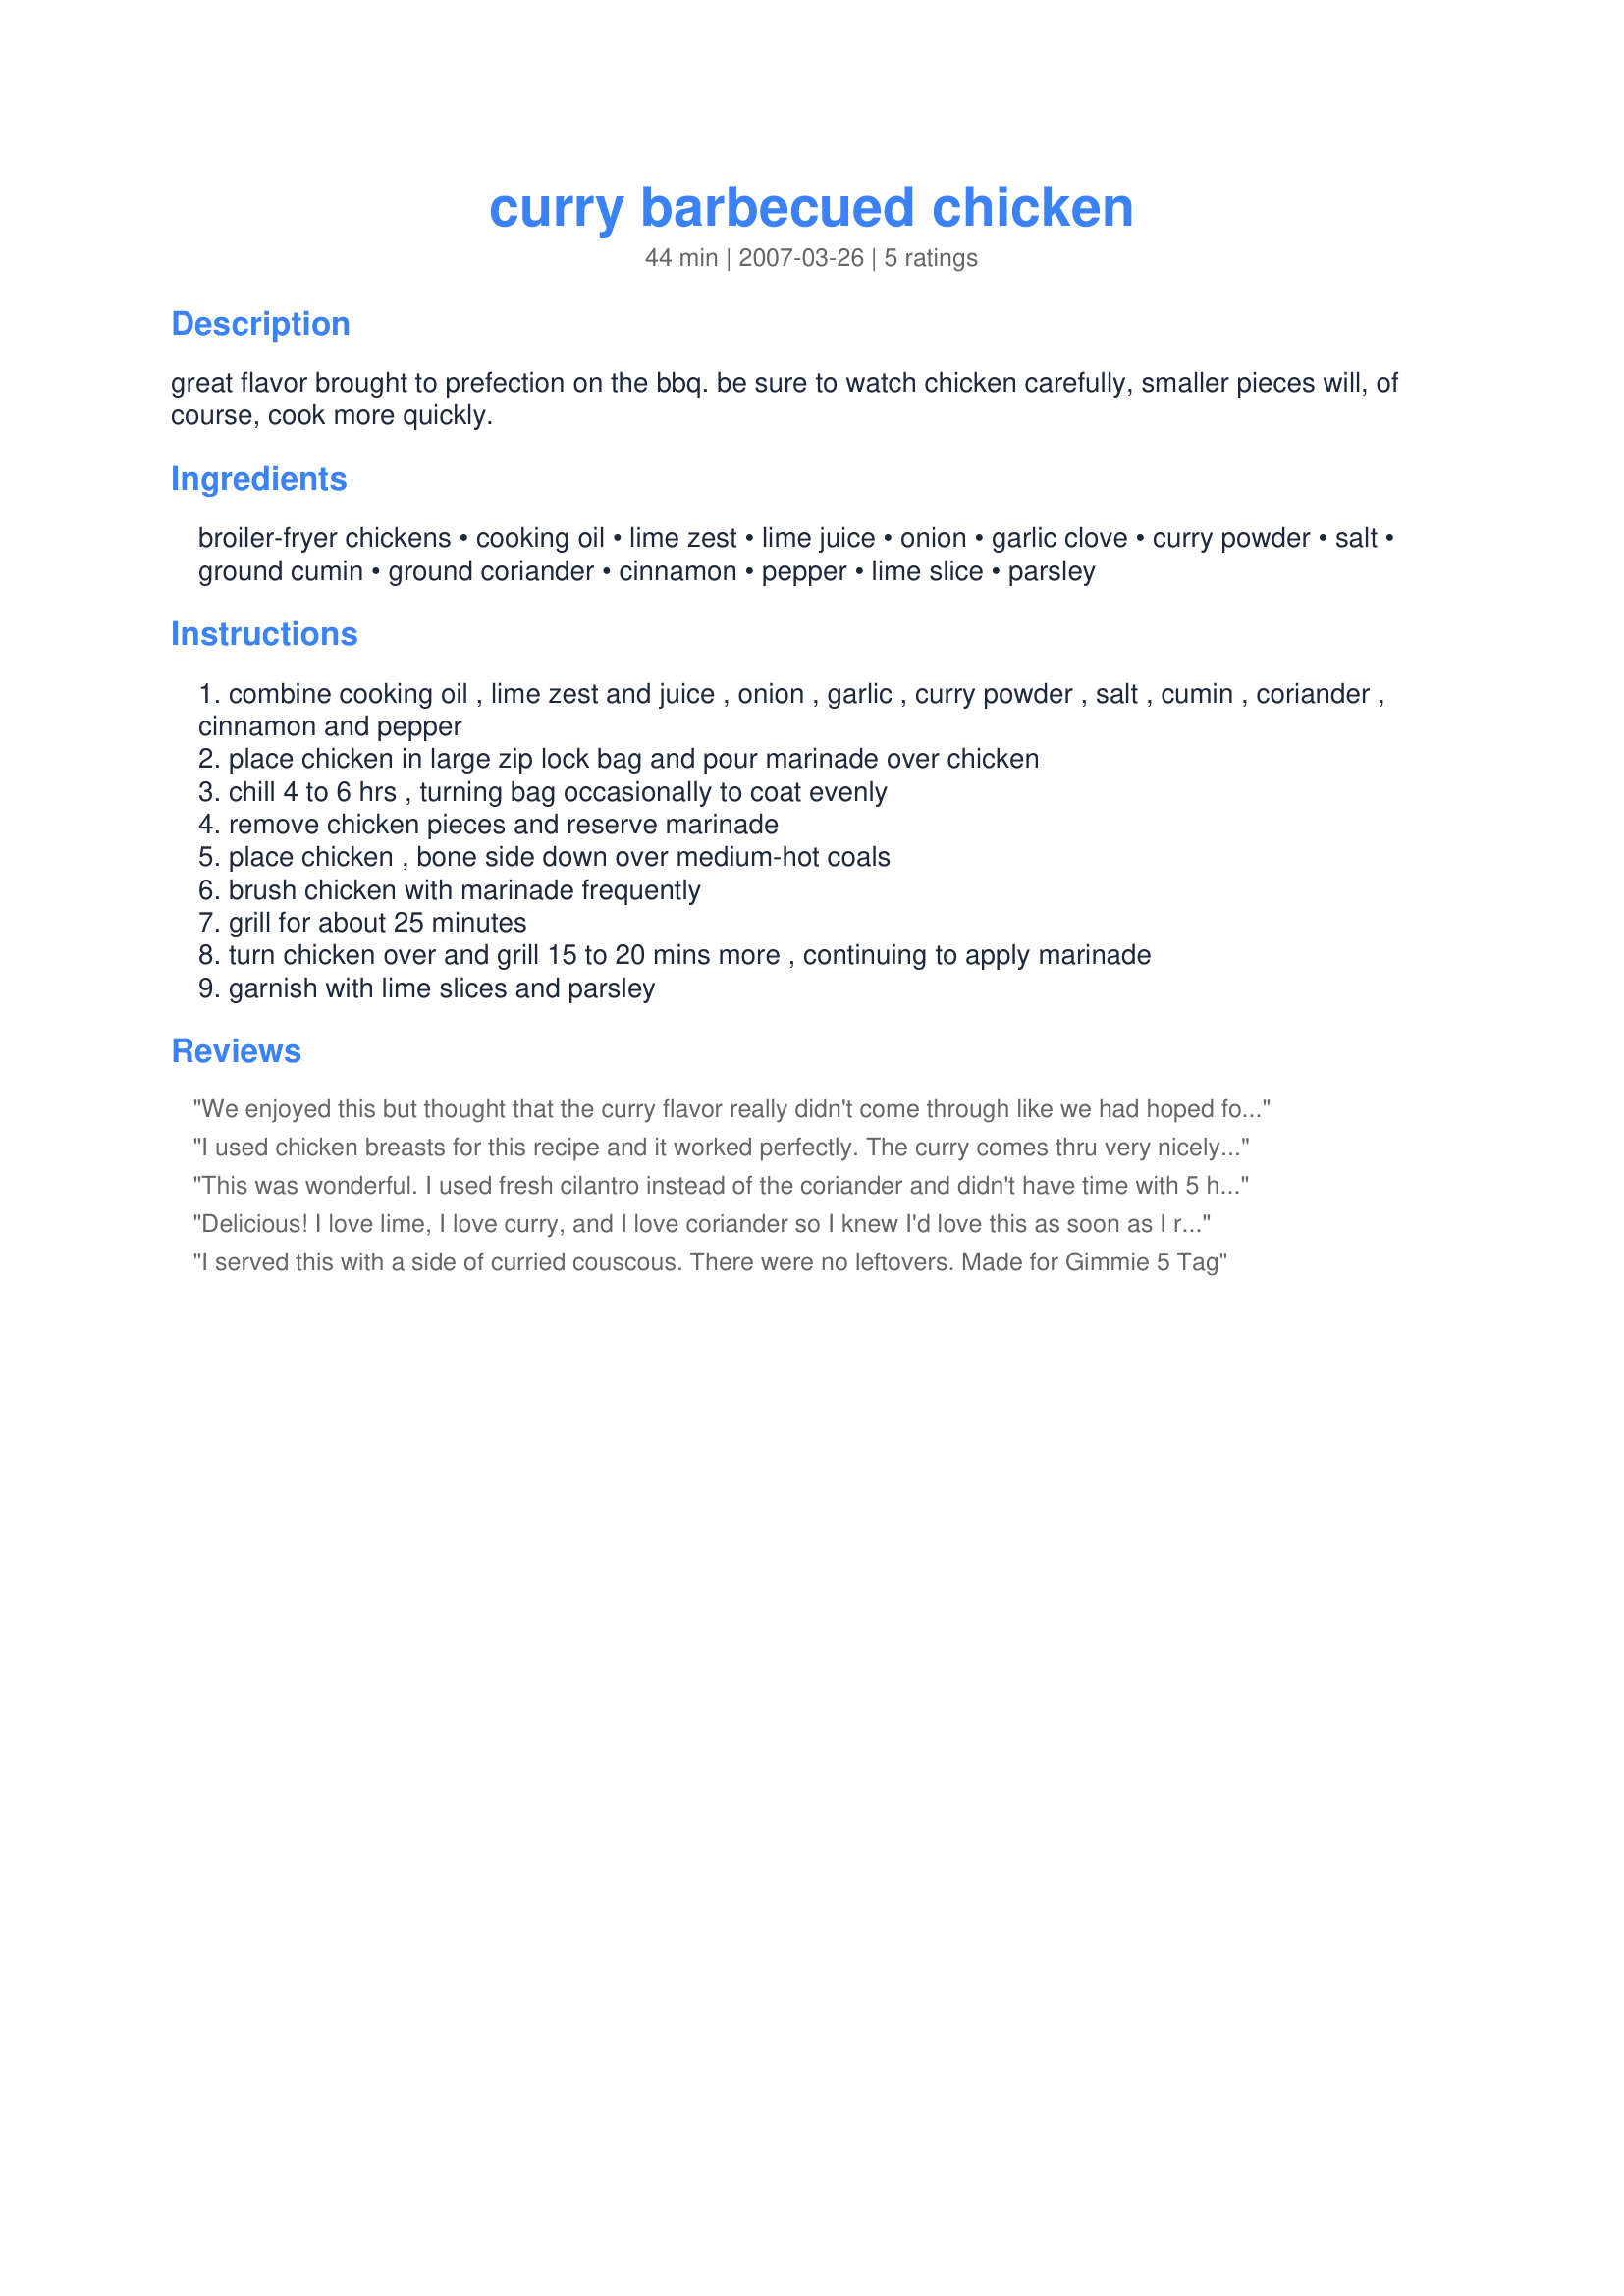
curry barbecued chicken
Preparation time: 44 minutes

great flavor brought to prefection on the bbq. be sure to watch chicken carefully, smaller pieces will, of course, cook more quickly.

Ingredients:
broiler-fryer chickens, cooking oil, lime zest, lime juice, onion, garlic clove, curry powder, salt, ground cumin, ground coriander, cinnamon, pepper, lime slice, parsley

Steps:
combine cooking oil , lime zest and juice , onion , garlic , curry powder , salt , cumin , coriander , cinnamon and pepper
place chicken in large zip lock bag and pour marinade over chicken
chill 4 to 6 hrs , turning bag occasionally to coat evenly
remove chicken pieces and reserve marinade
place chicken , bone side down over medium-hot coals
brush chicken with marinade frequently
grill for about 25 minutes
turn chicken over and grill 15 to 20 mins more , continuing to apply marinade
garnish with lime slices and parsley

Reviews:
We enjoyed this but thought that the curry flavor really didn't come through like we had hoped for. Next time I would double the curry to get that wonderful flavor. I also didn't have any marinade leftover, no big deal. But cooking over medium hot heat caused a flare up so I moved the chicken to indirect heat. I did use bone in with skin on chicken breast for this dish. Overall a great dish. Thanks Annacia for posting.
I used chicken breasts for this recipe and it worked perfectly. The curry comes thru very nicely on this chicken which is a wonderful switch-up for us when marinating. First time actually. Also, as Mary suggested, added a bit of chopped fresh cilantro. Wonderful blend. A keeper that's for sure. 
Made for 123Hitwonders~
This was wonderful. I used fresh cilantro instead of the coriander and didn't have time with 5 hungry teenagers to garnish the dish. I also used leg quarters instead of whole chickens. This was so good! Will make again soon. Made for Photo Tag.
Delicious! I love lime, I love curry, and I love coriander so I knew I'd love this as soon as I read it.

I had some issues with the amount of oil in the marinade causing a lot of flare-up every time I basted and the coriander is just a touch strong so I might reduce those a little next time.

Regardless, its a wonderful change from the usual BBQ or lemon flavors you generally find on grilled chicken. It will be on the menu regularly.
I served this with a side of curried couscous. There were no leftovers. Made for Gimmie 5 Tag
